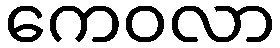
ကေဝလာ